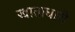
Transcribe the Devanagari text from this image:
खाताधारी